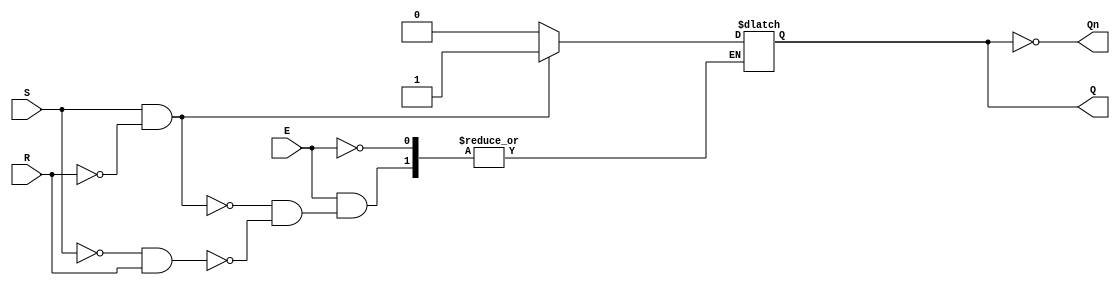
module gated_sr_latch (
    input wire S,      // Set input
    input wire R,      // Reset input
    input wire E,      // Enable input
    output reg Q,      // Output Q
    output wire Qn     // Output Q Not
);

    assign Qn = ~Q; // Complement of Q

    always @ (E or S or R) begin
        if (E) begin
            if (S && !R) begin
                Q <= 1'b1; // Set Q to 1
            end else if (!S && R) begin
                Q <= 1'b0; // Reset Q to 0
            end else if (!S && !R) begin
                // Retain previous state (do nothing)
                Q <= Q; // This line is optional, as Q will retain its value
            end else begin
                // Invalid state (both S and R are high)
                // You can choose to handle this case as needed
                // For example, you could set Q to a known state or leave it unchanged
                // Q <= 1'bx; // Uncomment to indicate indeterminate state
            end
        end
        // If E is low, retain the previous state (do nothing)
    end

endmodule